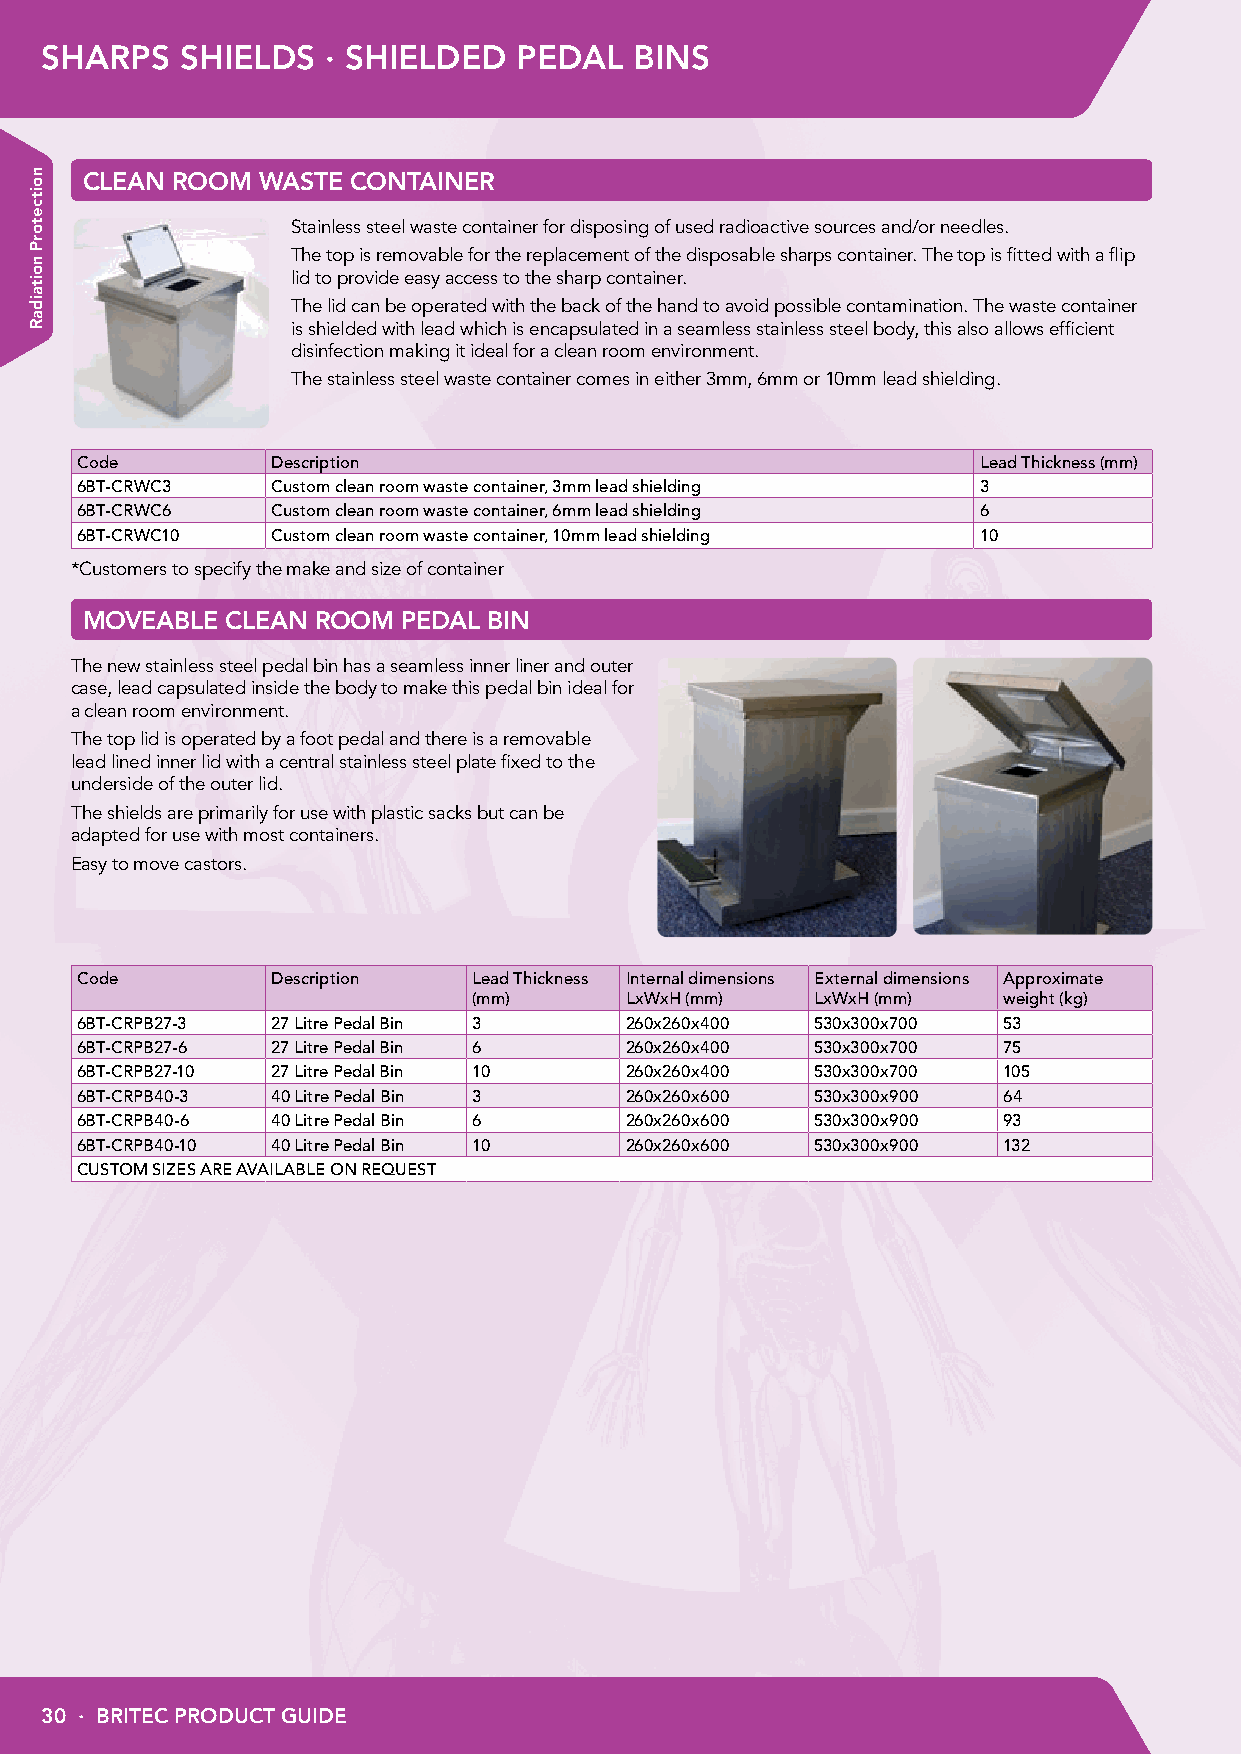
SHARPS   SHIELDS  · SHIELDED   PEDAL   BINS
 CLEAN ROOM  WASTE CONTAINER
 Stainless steel waste container for disposing of used radioactive sources and/or needles.
 The top is removable for the replacement of the disposable sharps container. The top is fitted with a flip
 lid to provide easy access to the sharp container.
 The lid can be operated with the back of the hand to avoid possible contamination. The waste container
 is shielded with lead which is encapsulated in a seamless stainless steel body, this also allows efficient
 disinfection making it ideal for a clean room environment.
 The stainless steel waste container comes in either 3mm, 6mm or 10mm lead shielding.
 Code         Description                                    Lead Thickness (mm)
 6BT-CRWC3    Custom clean room waste container, 3mm lead shielding 3
 6BT-CRWC6    Custom clean room waste container, 6mm lead shielding 6
 6BT-CRWC10   Custom clean room waste container, 10mm lead shielding 10
 *Customers to specify the make and size of container
 MOVEABLE  CLEAN ROOM  PEDAL BIN
 The new stainless steel pedal bin has a seamless inner liner and outer
 case, lead capsulated inside the body to make this pedal bin ideal for
 a clean room environment.
 The top lid is operated by a foot pedal and there is a removable
 lead lined inner lid with a central stainless steel plate fixed to the
 underside of the outer lid.
 The shields are primarily for use with plastic sacks but can be
 adapted for use with most containers.
 Easy to move castors.
 Code         Description  Lead Thickness Internal dimensions External dimensions Approximate
 (mm)      LxWxH (mm)   LxWxH (mm)  weight (kg)
 6BT-CRPB27-3 27 Litre Pedal Bin 3   260x260x400  530x300x700 53
 6BT-CRPB27-6 27 Litre Pedal Bin 6   260x260x400  530x300x700 75
 6BT-CRPB27-10 27 Litre Pedal Bin 10 260x260x400  530x300x700 105
 6BT-CRPB40-3 40 Litre Pedal Bin 3   260x260x600  530x300x900 64
 6BT-CRPB40-6 40 Litre Pedal Bin 6   260x260x600  530x300x900 93
 6BT-CRPB40-10 40 Litre Pedal Bin 10 260x260x600  530x300x900 132
 CUSTOM SIZES ARE AVAILABLE ON REQUEST
 30 · BRITEC PRODUCT GUIDE
 noitcetorP
 noitaidaR